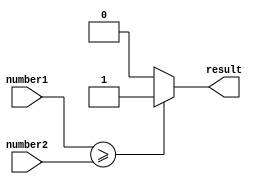
module greater_than_or_equal_to_comparator (
    input [3:0] number1,
    input [3:0] number2,
    output reg result
);

always @(*)
begin
    if (number1 >= number2)
        result <= 1;
    else
        result <= 0;
end

endmodule